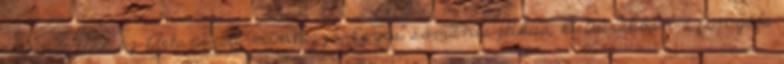
elrendezése az életspirált mintázza. Egyes sámánisztikus kultúrákban a fenyőfa